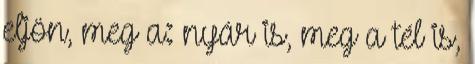
eljön, meg a: nyár is, meg a tél is,